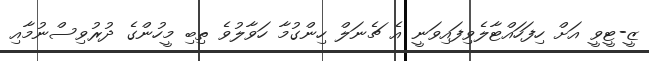
ޒީ-ޓީވީ އަށް ހިފަހައްޓާލެވިފައިވަނީ އެ ޗެނަލް ހިންގުމާ ހަވާލުވެ ތިބި މީހުންގެ ދުރުވިސްނުމާއި